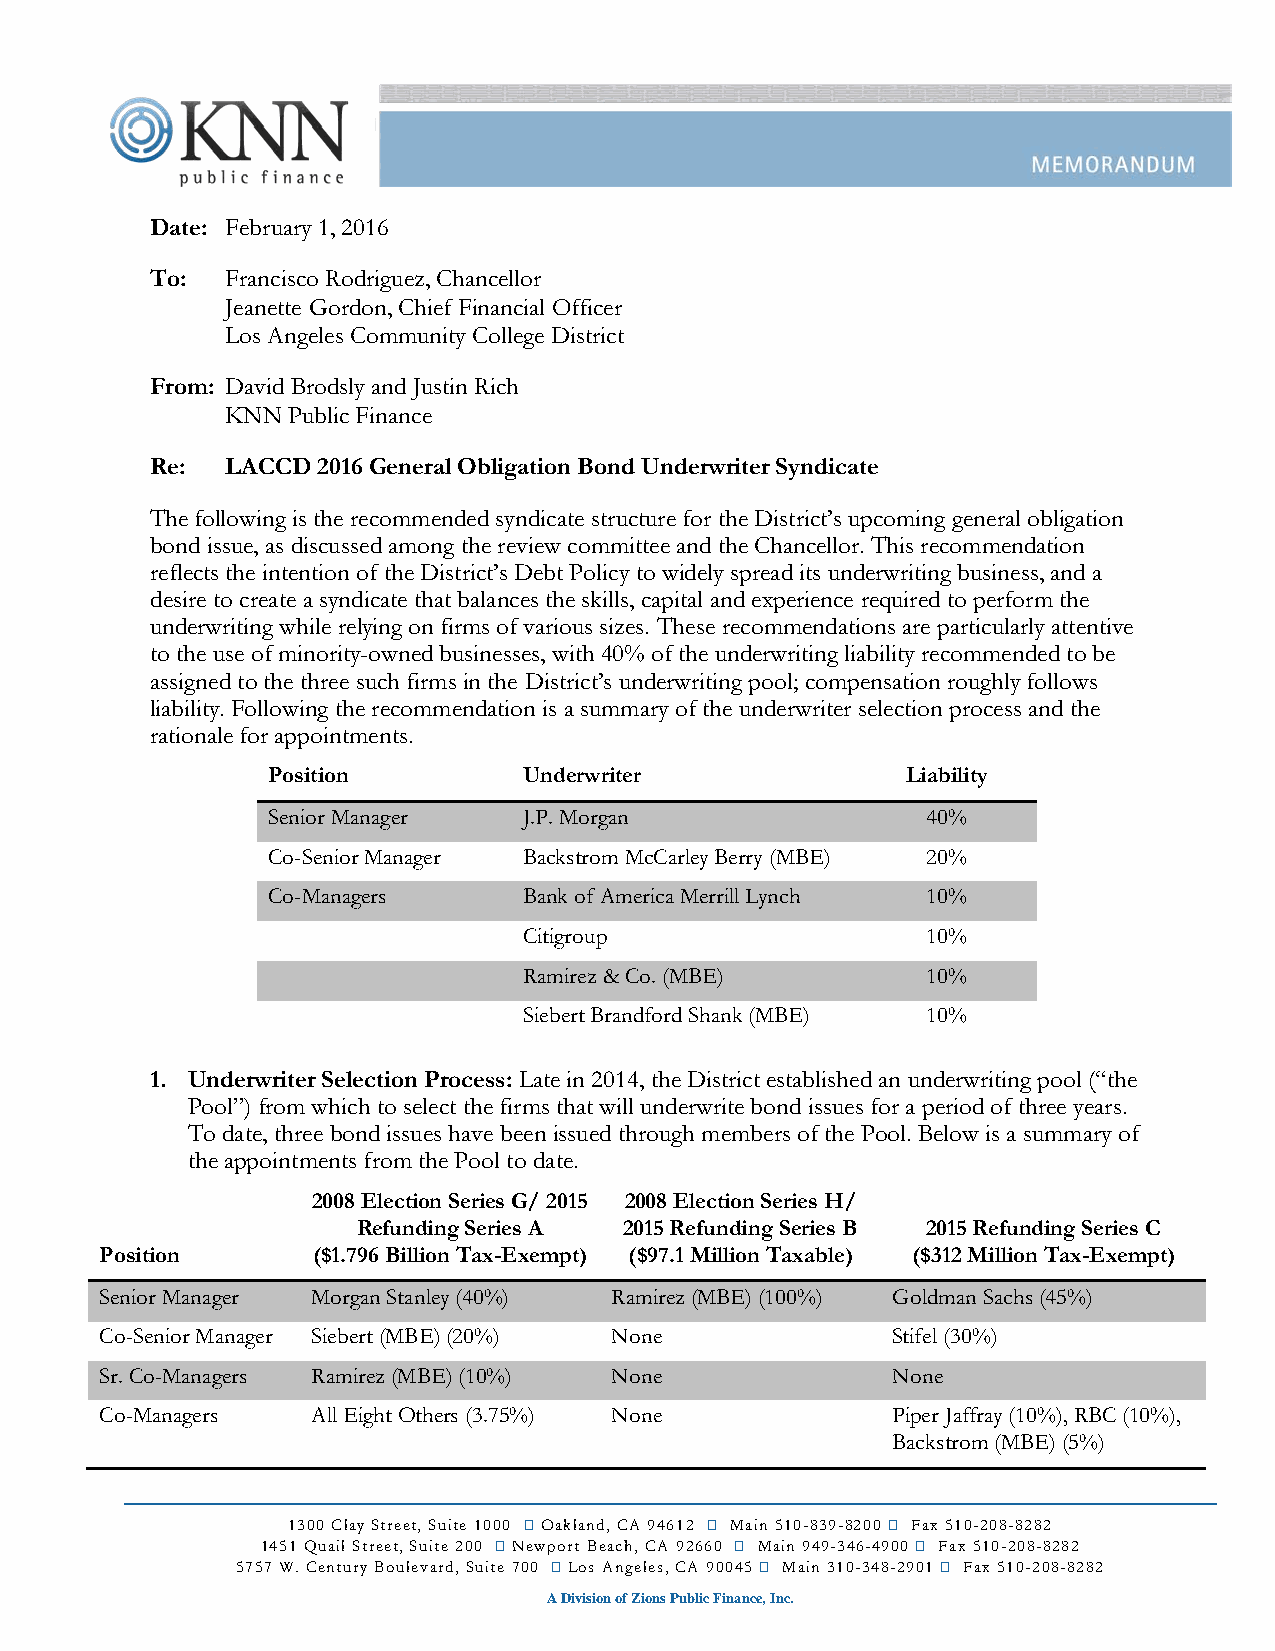
Date: February 1, 2016
 To:  Francisco Rodriguez, Chancellor
 Jeanette Gordon, Chief Financial Officer
 Los Angeles Community College District
 From: David Brodsly and Justin Rich
 KNN Public Finance
 Re:  LACCD 2016 General Obligation Bond Underwriter Syndicate
 The following is the recommended syndicate structure for the District’s upcoming general obligation
 bond issue, as discussed among the review committee and the Chancellor. This recommendation
 reflects the intention of the District’s Debt Policy to widely spread its underwriting business, and a
 desire to create a syndicate that balances the skills, capital and experience required to perform the
 underwriting while relying on firms of various sizes. These recommendations are particularly attentive
 to the use of minority-owned businesses, with 40% of the underwriting liability recommended to be
 assigned to the three such firms in the District’s underwriting pool; compensation roughly follows
 liability. Following the recommendation is a summary of the underwriter selection process and the
 rationale for appointments.
 Position         Underwriter              Liability
 Senior Manager   J.P. Morgan               40%
 Co-Senior Manager Backstrom McCarley Berry (MBE) 20%
 Co-Managers      Bank of America Merrill Lynch 10%
 Citigroup                 10%
 Ramirez & Co. (MBE)       10%
 Siebert Brandford Shank (MBE) 10%
 1. Underwriter Selection Process: Late in 2014, the District established an underwriting pool (“the
 Pool”) from which to select the firms that will underwrite bond issues for a period of three years.
 To date, three bond issues have been issued through members of the Pool. Below is a summary of
 the appointments from the Pool to date.
 2008 Election Series G/ 2015 2008 Election Series H/
 Refunding Series A 2015 Refunding Series B 2015 Refunding Series C
 Position      ($1.796 Billion Tax-Exempt) ($97.1 Million Taxable) ($312 Million Tax-Exempt)
 Senior Manager Morgan Stanley (40%) Ramirez (MBE) (100%) Goldman Sachs (45%)
 Co-Senior Manager Siebert (MBE) (20%) None          Stifel (30%)
 Sr. Co-Managers Ramirez (MBE) (10%) None            None
 Co-Managers   All Eight Others (3.75%) None         Piper Jaffray (10%), RBC (10%),
 Backstrom (MBE) (5%)
 1300 Clay Street, Suite 1000  Oakland, CA 94612  Main 510-839-8200  Fax 510-208-8282
 1451 Quail Street, Suite 200  Newport Beach, CA 92660  Main 949-346-4900  Fax 510-208-8282
 5757 W. Century Boulevard, Suite 700  Los Angeles, CA 90045  Main 310-348-2901  Fax 510-208-8282
 A Division of Zions Public Finance, Inc.